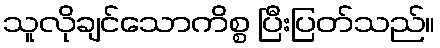
သူလိုချင်သောကိစ္စ ပြီးပြတ်သည်။